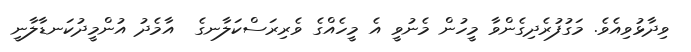
ވިދާޅުވިއެވެ. މަގުފުރެދިގެންވާ މީހުން މެނުވީ އެ މީހެއްގެ ވެރިރަސްކަލާނގެ  އާމެދު އުންމީދުކަނޑާލާނީ